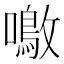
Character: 𫬚